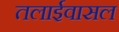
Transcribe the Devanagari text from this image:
तलाईवासल